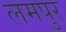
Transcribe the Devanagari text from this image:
लमपुर